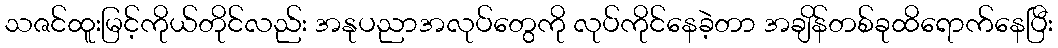
သဇင်ထူးမြင့်ကိုယ်တိုင်လည်း အနုပညာအလုပ်တွေကို လုပ်ကိုင်နေခဲ့တာ အချိန်တစ်ခုထိရောက်နေပြီး